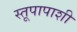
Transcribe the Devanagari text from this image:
स्तूपापाशी